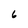
Character: 6